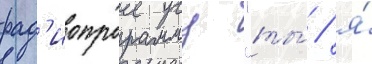
рад'иопрограмму "ты́ / я́